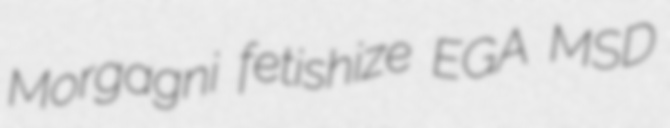
Morgagni fetishize EGA MSD